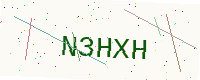
Text: N3HXH